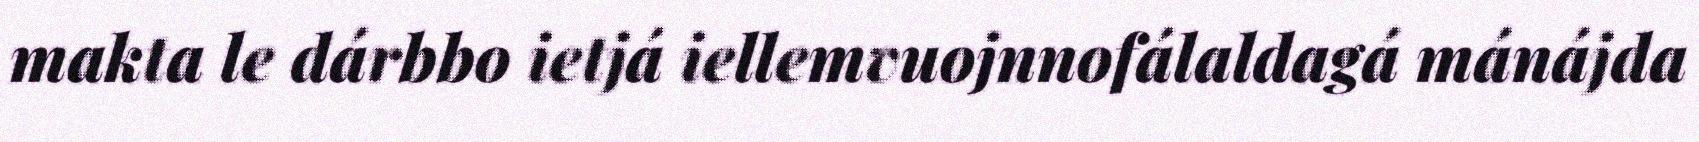
makta le dárbbo ietjá iellemvuojnnofálaldagá mánájda